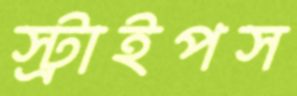
স্ট্রাইপস